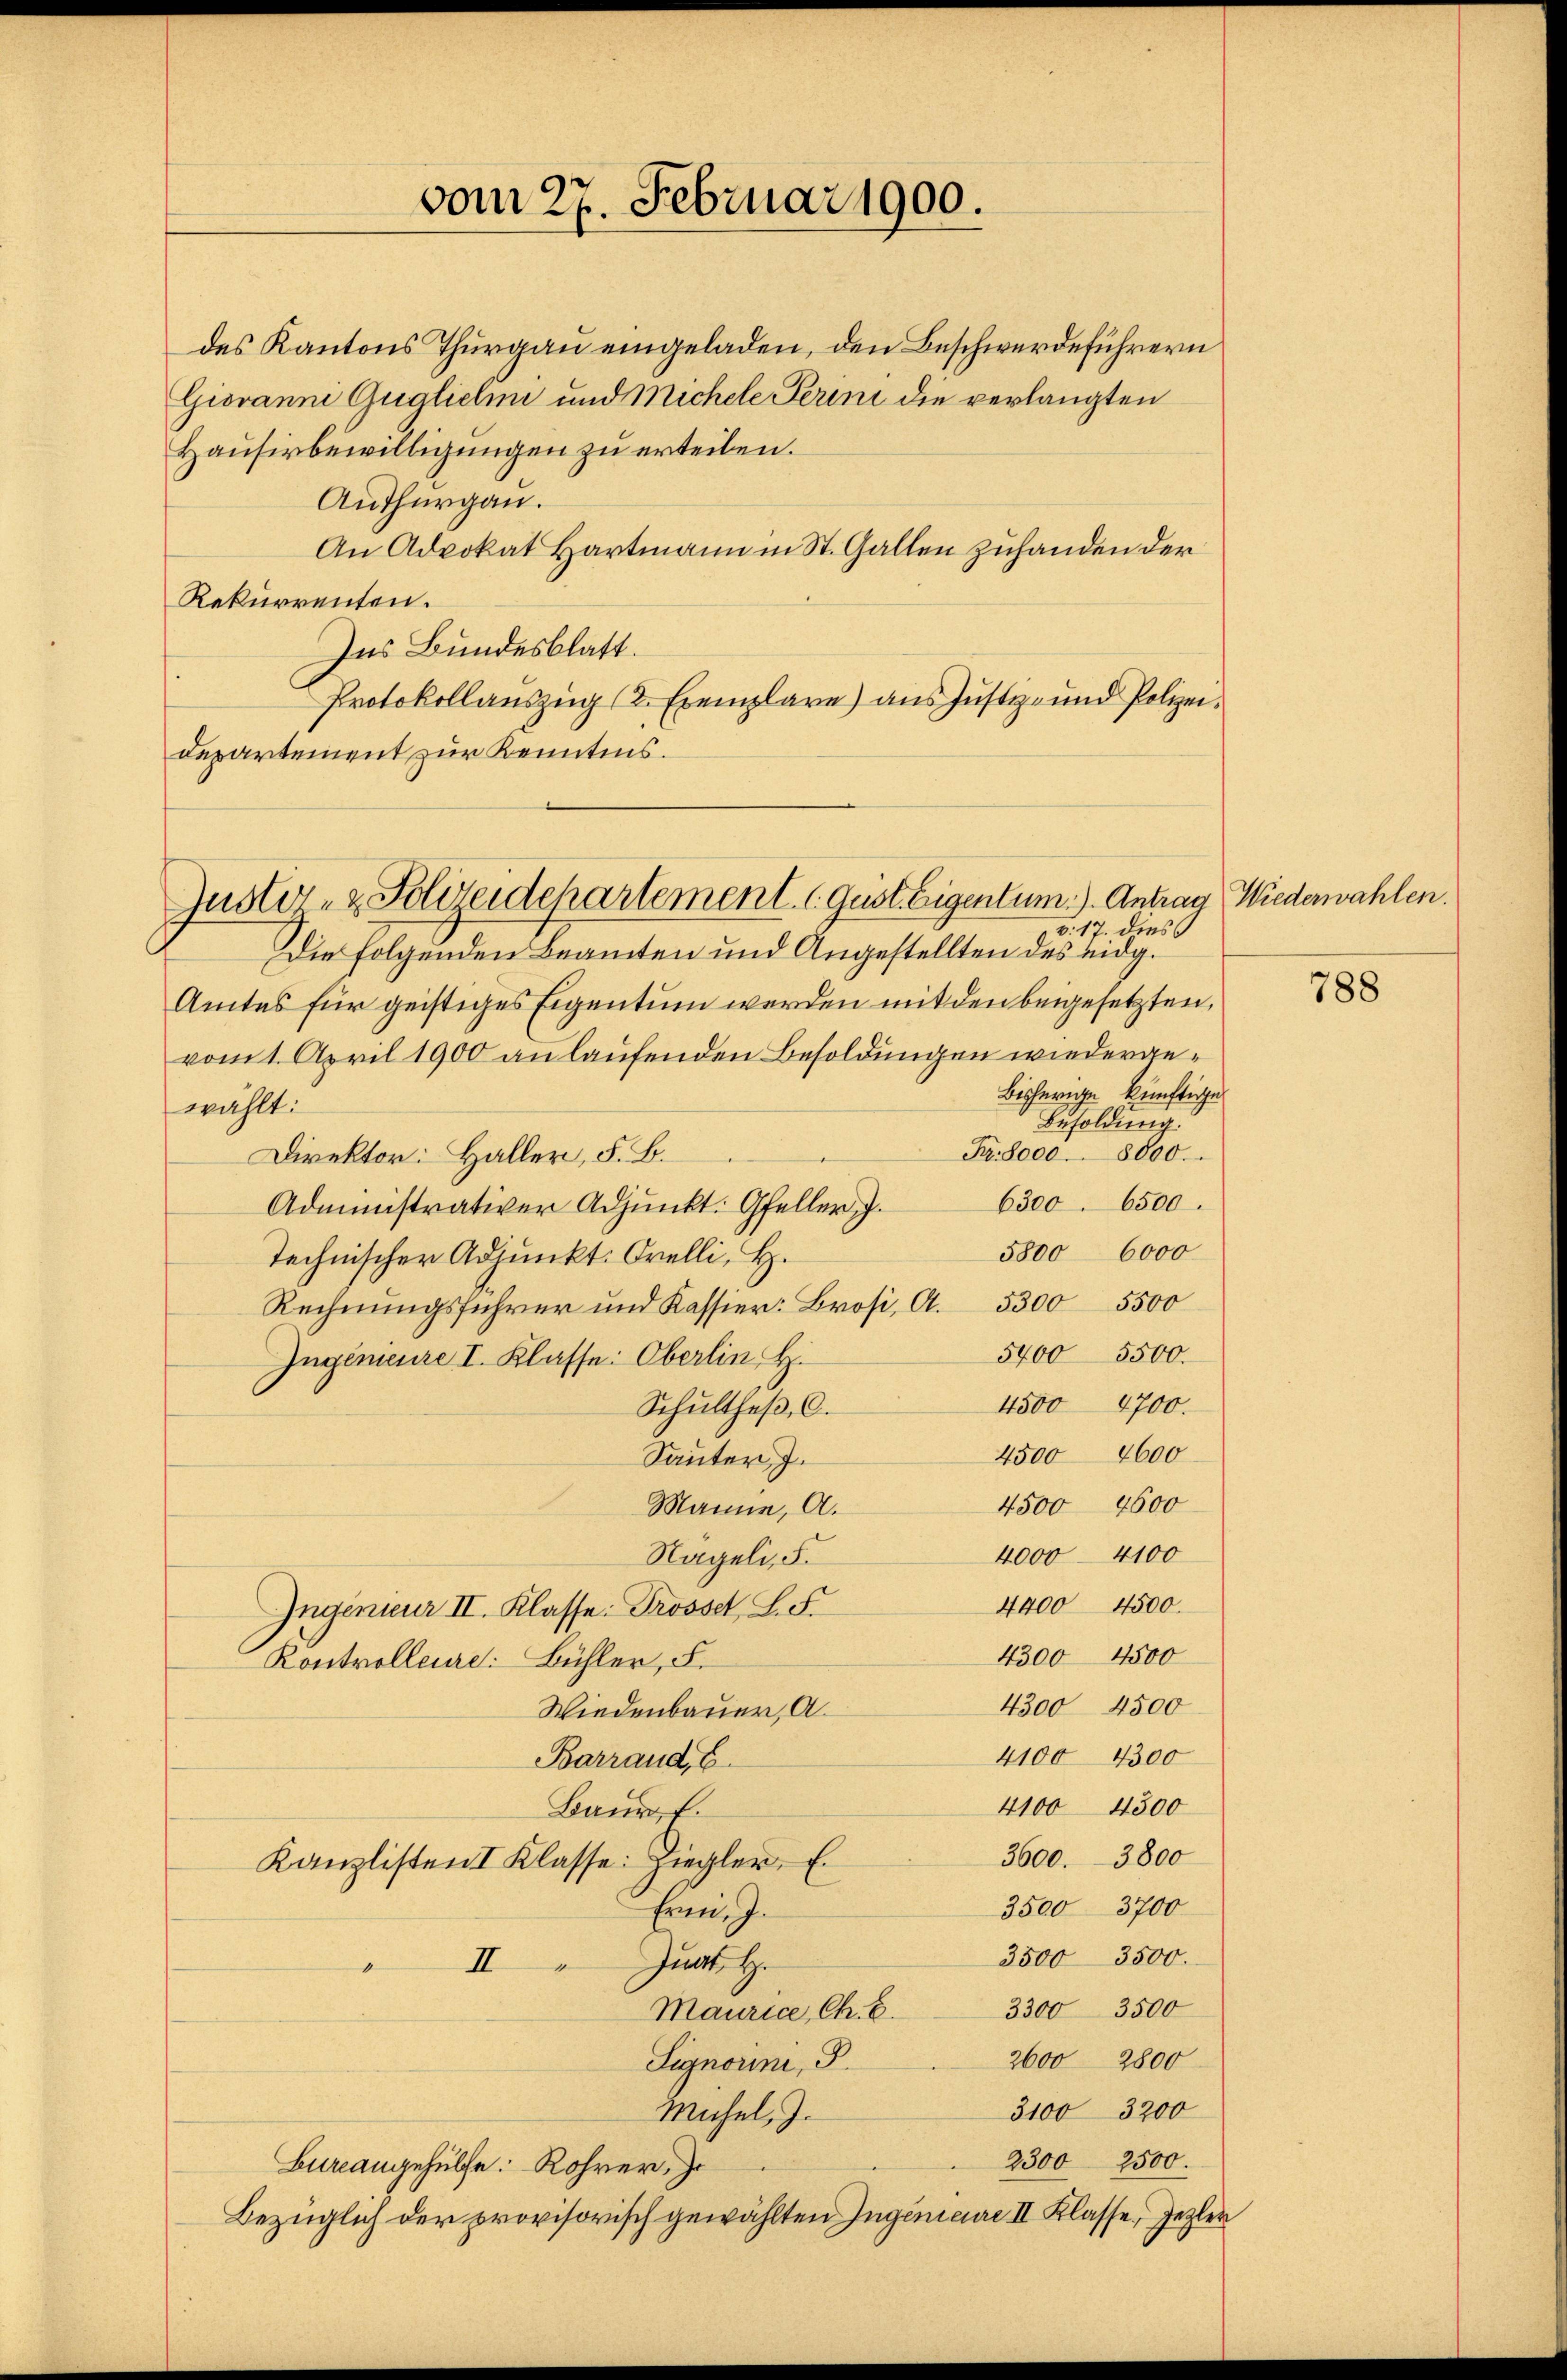
Giovanni Guglichne und Michele Perini die verlangten
Hausirbewilligungen zu erteilen.
Authurgau.
An Advokat Hartmann in St. Gallen zuhanden der
Rekurrenten.
Ins Bundesblatt.
Protokollaŭszŭg (2. Exemplare) ans Jŭstirŭnd Polizei-
departement zur Kenntnis.

vom 27. Februar 1900.

Guster- & Polizeidepartement. Geist. Eigentum.). Antrag Wiederwahlen.
v. 17. dies
Die folgenden Beamten und Angestellten des eidg.

Amtes für geistiges Eigentum werden mit den beigesetzten,
vom 1. April 1900 anlaufenden Besoldungen wiedergebisherige künftige
wählt:
Besoldung.
Pr 8000. 8000.
Direktor: Haller, F. B.
6500
6500
Administrativer Adjunkt: Gfeller, J.
5800 6000
Technischer Adjunkt. Orelli, H.
Rechnungsführer und Kassier: Brosi, A. 53005500
5400 5500.
Ingenieure I. Klasse: Oberlin H
4500 4700.
Schultheß, C.
4500 4600
Sauter, J.
4500 4600
Manne, A.
4000 4100
Nägeli, S.
4400 4500.
Ingenieur II. Klasse: Trosset, L. S.
4300 4500
Kontrolleure. Bühler, F.
4300 4500
Wiedenbauer, A.
4100 4300
Barraud, E.
4100 4300
Baur u.
3600. 3800
Kanzlisten I Klasse: Ziegler. E
3500 3700
Ernen. J.
3500 3500.
Junt H.
II
D
3300 3500
Maurice, Ch. E.
2600 2800
Signorini, S.
3100 3200
Michel, J.
2300 2500.
Bureangehülfe: Rohrer, Jo
Bezüglich der provisorisch gewählten Jugenieure II Klasse, Jegler

des Kantons Thurgau eingeladen, den Beschwerdeführern

788